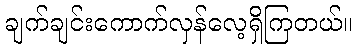
ချက်ချင်းကောက်လှန်လေ့ရှိကြတယ်။